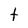
Character: t